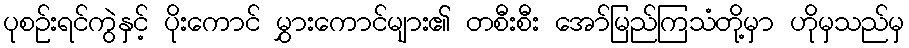
ပုစဉ်းရင်ကွဲနှင့် ပိုးကောင် မွှားကောင်များ၏ တစီးစီး အော်မြည်ကြသံတို့မှာ ဟိုမှသည်မှ